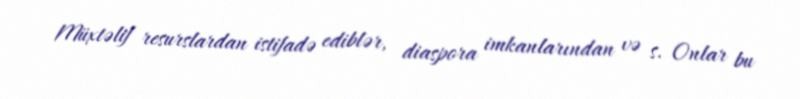
Müxtəlif resurslardan istifadə ediblər, diaspora imkanlarından və s. Onlar bu